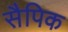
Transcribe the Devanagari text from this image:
सैपिक